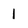
Character: 1